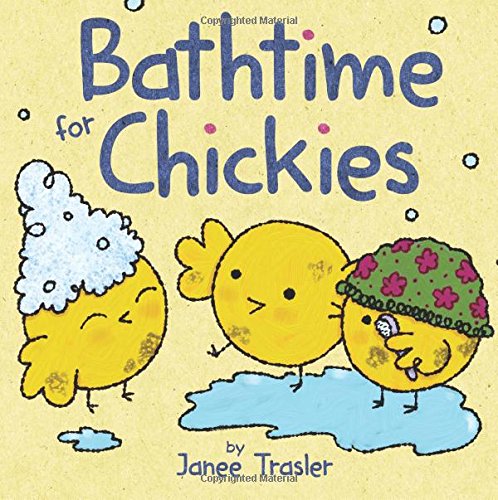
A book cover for Bathtime for Chickies; Janee Trasler; Children's Books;